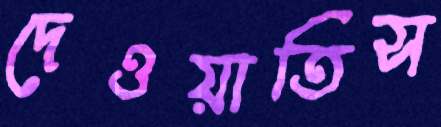
দেওয়াতিস